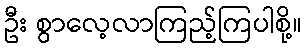
ဦး စွာလေ့လာကြည့်ကြပါစို့။